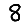
Digit: 8